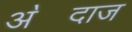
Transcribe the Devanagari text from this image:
अ॓दाज